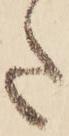
た